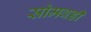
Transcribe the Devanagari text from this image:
सोमवडी